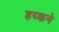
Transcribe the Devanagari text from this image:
हय्कने